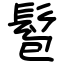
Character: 髱